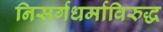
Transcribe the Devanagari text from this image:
निसर्गधर्माविरुद्ध